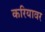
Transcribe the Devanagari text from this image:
करियावर